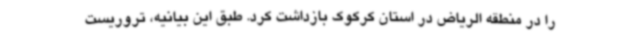
را در منطقه الریاض در استان کرکوک بازداشت کرد. طبق این بیانیه، تروریست